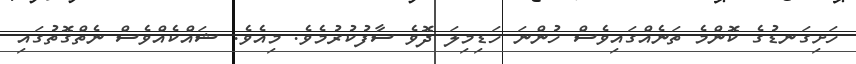
ހަށިގަނޑުގެ ކޮންމެ ތަނެއްގައިވެސް ހުންނަ ހަޑިމިލަ ދޮވެ ސާފުކުރުމެވެ. މިއެވެ. ޝައްކެއްވެސް ނެތްގޮތުގައި